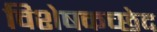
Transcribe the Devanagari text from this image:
विशेषकच्छेद